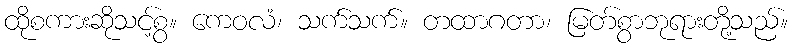
ထိုစကားဆိုသင့်စွ။ ကေဝလံ၊ သက်သက်။ တထာဂတာ၊ မြတ်စွာဘုရားတို့သည်။